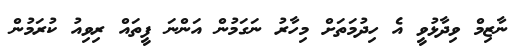
ނާޒިމް ވިދާޅުވީ އެ ހިދުމަތަށް މިހާރު ނަގަމުން އަންނަ ފީތައް ރިވިއު ކުރަމުން